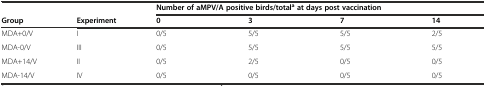
<table><thead><tr><td></td><td></td><td colspan="4"><b>Number of aMPV/A positive birds/total<sup>a</sup>at days post vaccination</b></td></tr><tr><td><b>Group</b></td><td><b>Experiment</b></td><td><b>0</b></td><td><b>3</b></td><td><b>7</b></td><td><b>14</b></td></tr></thead><tbody><tr><td>MDA+0/V</td><td>I</td><td>0/5</td><td>5/5</td><td>5/5</td><td>2/5</td></tr><tr><td>MDA-0/V</td><td>III</td><td>0/5</td><td>5/5</td><td>5/5</td><td>5/5</td></tr><tr><td>MDA+14/V</td><td>II</td><td>0/5</td><td>2/5</td><td>0/5</td><td>0/5</td></tr><tr><td>MDA-14/V</td><td>IV</td><td>0/5</td><td>0/5</td><td>0/5</td><td>0/5</td></tr></tbody></table>